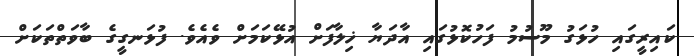
ކައިރީގައި ހުޅަގު މޫސުމު ފަހުކޮޅުގައި އާދަޔާ ޚިލާފަށް އުޅޭކަމަށް ވެއެވެ. ފުޅަނގީގެ ބާވަތްތަކަށް